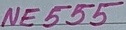
Text: NE555